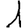
Digit: 1